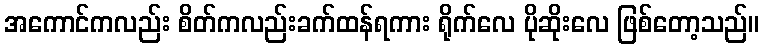
အကောင်ကလည်း စိတ်ကလည်းခက်ထန်ရကား ရိုက်လေ ပိုဆိုးလေ ဖြစ်တော့သည်။